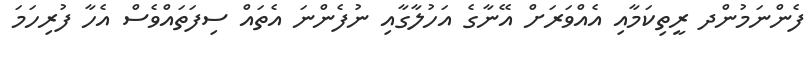
ފެންނަމުންދ ރީތިކަމާއި އެއްވަރަށް އޭނާގެ އަހުލާގާއި ނުފެންނަ އެތައް ސިފަތައްވެސް އެހާ ފުރިހަމަ